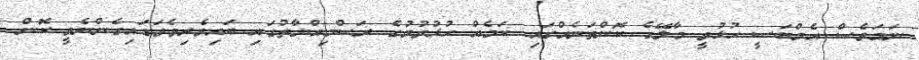
ނަމަވެސް އެމްބަސީ ހުޅުވީ މާލޭގެ ކޮންތަނެއްގައި ކަމެއް ހުޅުވުމުގެ ރަސްމިއްޔާތުގައި ބައިވެރިވެވަޑައިގެންނެވީ ކޮން